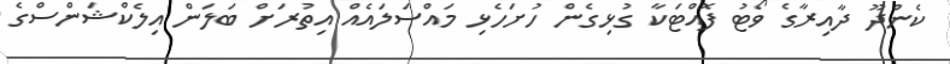
ކެންދޫ ދާއިރާގެ ވޯޓު ފޮއްޓަކާ ގުޅިގެން ހުށަހެޅި މައްސަލައެއް އިތުރަށް ބަލަން އިލެކްޝަންސްގެ